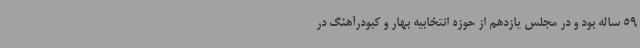
59 ساله بود و در مجلس یازدهم از حوزه انتخابیه بهار و کبودرآهنگ در